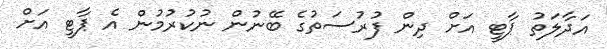
އަދާލަތު ޕާޓީ އަށް ދިން ފުރުސަތުގެ ބޭނުން ނުކުރުމުން އެ ޕާޓީ އަށް